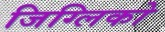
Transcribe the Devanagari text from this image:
जिग्लिको